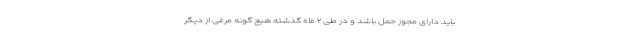
باید دارای مجوز حمل باشد و در طی ۲ ماه گذشته هیچ گونه مرغی از دیگر